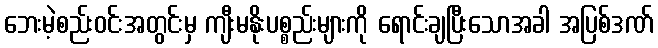
ဘေးမဲ့စည်းဝင်းအတွင်းမှ ကျီးမနိုးပစ္စည်းများကို ရောင်းချပြီးသောအခါ အပြစ်ဒဏ်